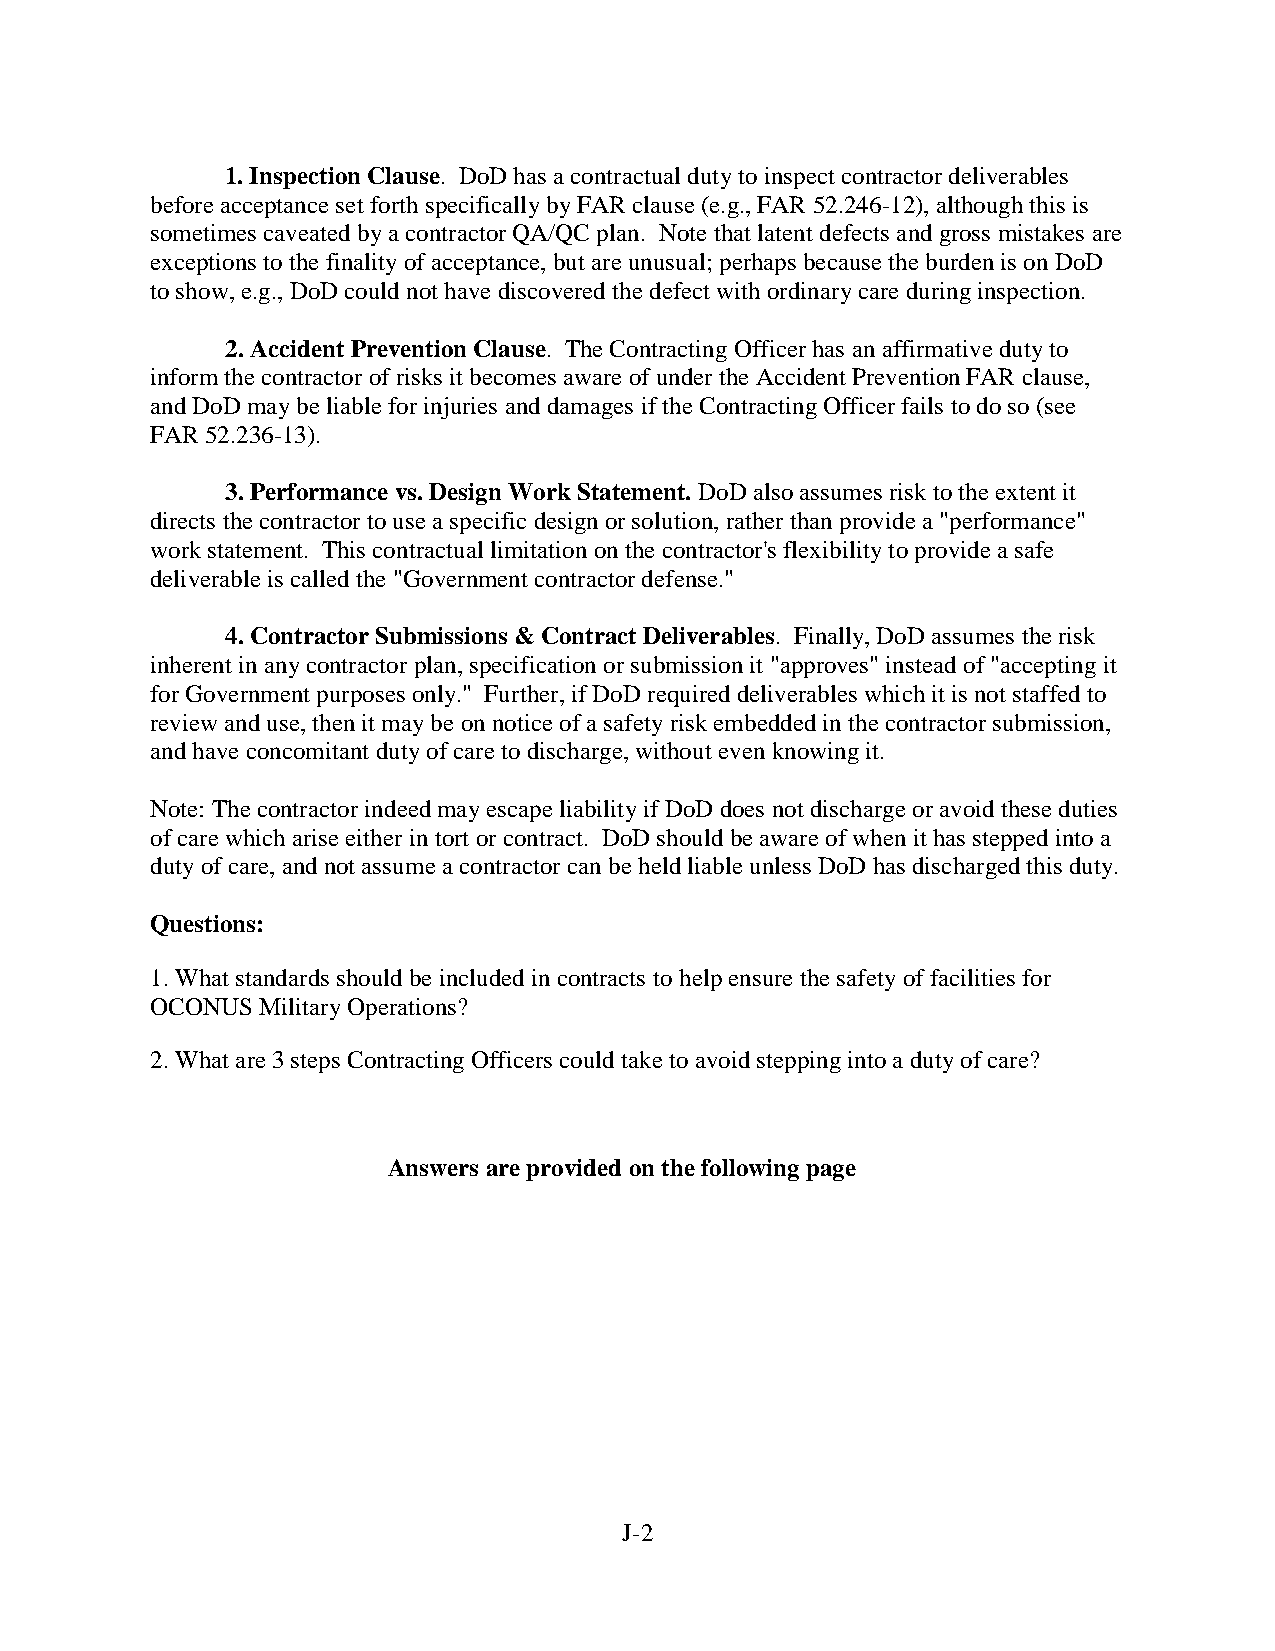
1. Inspection Clause. DoD has a contractual duty to inspect contractor deliverables
 before acceptance set forth specifically by FAR clause (e.g., FAR 52.246-12), although this is
 sometimes caveated by a contractor QA/QC plan. Note that latent defects and gross mistakes are
 exceptions to the finality of acceptance, but are unusual; perhaps because the burden is on DoD
 to show, e.g., DoD could not have discovered the defect with ordinary care during inspection.
 2. Accident Prevention Clause. The Contracting Officer has an affirmative duty to
 inform the contractor of risks it becomes aware of under the Accident Prevention FAR clause,
 and DoD may be liable for injuries and damages if the Contracting Officer fails to do so (see
 FAR 52.236-13).
 3. Performance vs. Design Work Statement. DoD also assumes risk to the extent it
 directs the contractor to use a specific design or solution, rather than provide a "performance"
 work statement. This contractual limitation on the contractor's flexibility to provide a safe
 deliverable is called the "Government contractor defense."
 4. Contractor Submissions & Contract Deliverables. Finally, DoD assumes the risk
 inherent in any contractor plan, specification or submission it "approves" instead of "accepting it
 for Government purposes only." Further, if DoD required deliverables which it is not staffed to
 review and use, then it may be on notice of a safety risk embedded in the contractor submission,
 and have concomitant duty of care to discharge, without even knowing it.
 Note: The contractor indeed may escape liability if DoD does not discharge or avoid these duties
 of care which arise either in tort or contract. DoD should be aware of when it has stepped into a
 duty of care, and not assume a contractor can be held liable unless DoD has discharged this duty.
 Questions:
 1. What standards should be included in contracts to help ensure the safety of facilities for
 OCONUS Military Operations?
 2. What are 3 steps Contracting Officers could take to avoid stepping into a duty of care?
 Answers are provided on the following page
 J-2